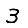
Digit: 3